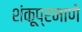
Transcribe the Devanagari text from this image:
शंकूप्रमाणे